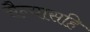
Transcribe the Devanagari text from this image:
सैन्यासहि